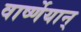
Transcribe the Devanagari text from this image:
वार्ष्णेयान्‌